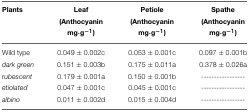
| Plants | Leaf (Anthocyanin mg·g−1) | Petiole (Anthocyanin mg·g−1) | Spathe (Anthocyanin mg·g−1) |
 | --- | --- | --- | --- |
 | Wild type | 0.049 ± 0.002c | 0.053 ± 0.001c | 0.097 ± 0.001b |
 | dark green | 0.151 ± 0.003b | 0.175 ± 0.011a | 0.378 ± 0.026a |
 | rubescent | 0.179 ± 0.001a | 0.150 ± 0.001b | ----------------- |
 | etiolated | 0.047 ± 0.001c | 0.045 ± 0.001c | ----------------- |
 | albino | 0.011 ± 0.002d | 0.015 ± 0.004d | ----------------- |